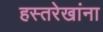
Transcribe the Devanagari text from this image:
हस्तरेखांना